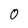
Character: 0